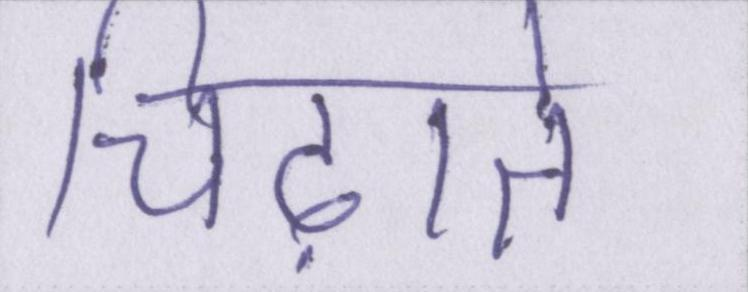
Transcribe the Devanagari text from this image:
चिढ़ाते